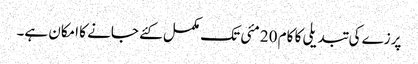
پرزے کی تبدیلی کا کام 20 مئی تک مکمل کئے جانے کا امکان ہے۔